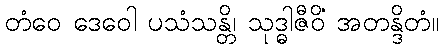
တံဝေ ဒေဝေါ ပသံသန္တိ၊ သုဒ္ဓါဇီဝိံ အတန္ဒိတံ။